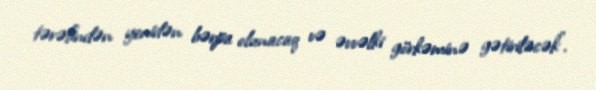
tərəfindən yenidən bərpa olunacaq və əvvəlki görkəminə gətiriləcək”.